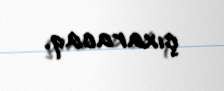
çıxaracaq.